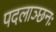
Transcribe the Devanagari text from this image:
पदलाञ्छनः